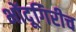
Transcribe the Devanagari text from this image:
भोंदूगिरीच